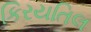
કિરયતિલ